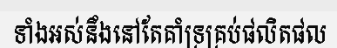
ទាំងអស់នឹងនៅតែគាំទ្រគ្រប់ផលិតផល